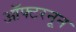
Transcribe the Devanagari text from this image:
ऑफ्टरनून